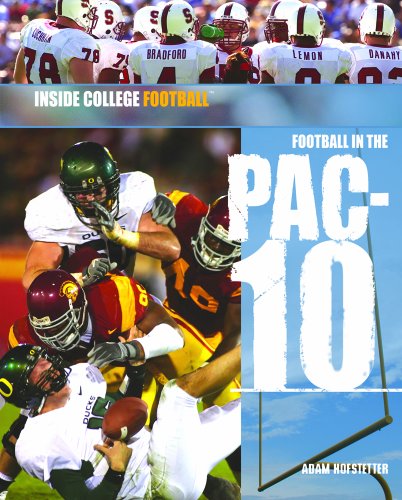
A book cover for Football in the Pac-10 (Inside College Football); Adam B. Hofstetter; Teen & Young Adult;